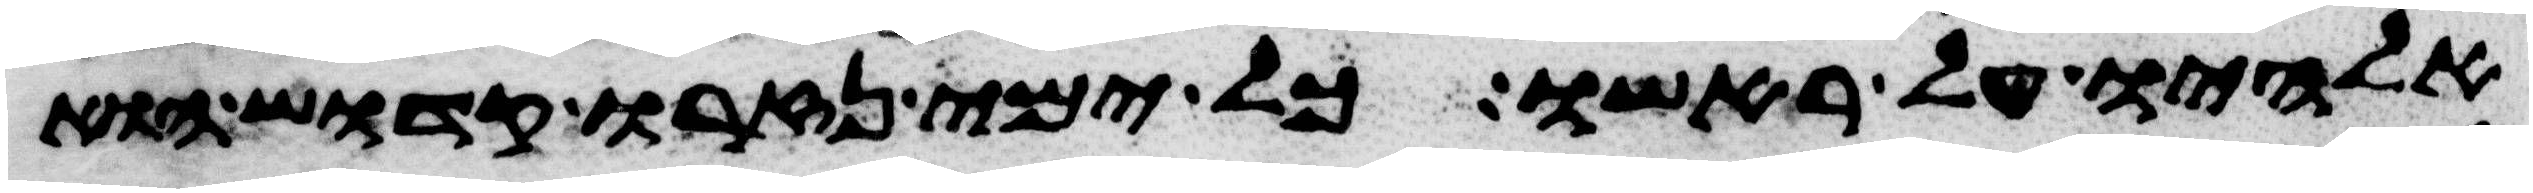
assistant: אלהיו על ראשו כל ימי נזרו קדוש הוא